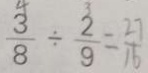
\frac { 3 } { 8 } \div \frac { 2 } { 9 } = \frac { 2 7 } { 1 6 }